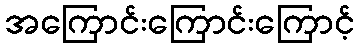
အကြောင်းကြောင်းကြောင့်